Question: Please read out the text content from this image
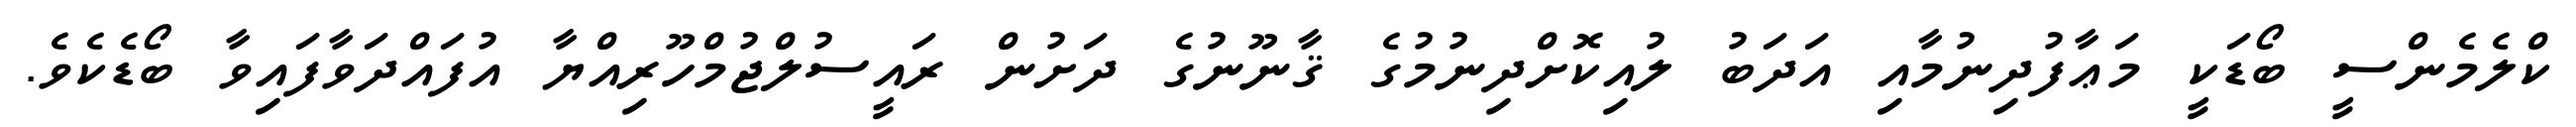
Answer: ކްލެމެންސީ ބޯޑަކީ މަޢާފުދިނުމާއި އަދަބު ލުއިކޮށްދިނުމުގެ ޤާނޫނުގެ ދަށުން ރައީސުލްޖުމްހޫރިއްޔާ އުފައްދަވާފައިވާ ބޯޑެކެވެ.